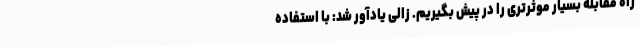
راه مقابله بسیار موثرتری را در پیش بگیریم. زالی یادآور شد: با استفاده